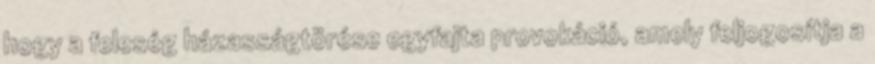
hogy a feleség házasságtörése egyfajta provokáció, amely feljogosítja a